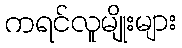
ကရင်လူမျိုးများ